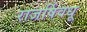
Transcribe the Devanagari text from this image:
राजर्षिवधू